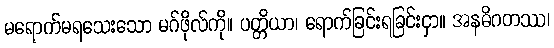
မရောက်မရသေးသော မဂ်ဖိုလ်ကို။ ပတ္တိယာ၊ ရောက်ခြင်းရခြင်းငှာ။ အနဓိဂတဿ၊